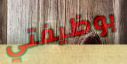
بوظيفتي